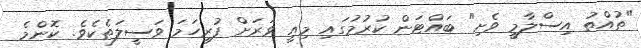
"ތުއްތު އިސްލާމީ ވެށި" ބައްޓަން ކުރުމުގައި މިއީ ވަރަށް ފުރިހަމަ ވަސީލަތެކެވެ. ކޮންމެ